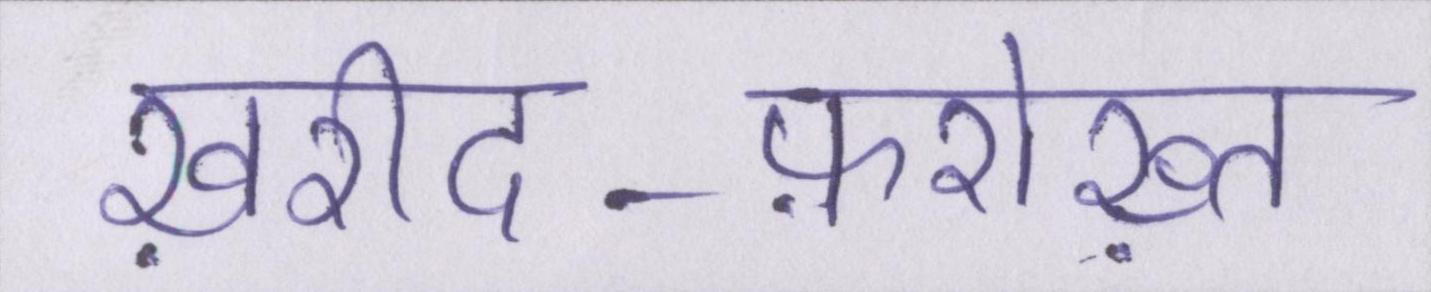
ख़रीद-फ़रोख़्त